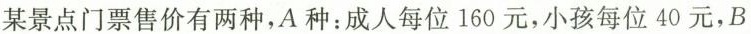
某景点门票售价有两种，A种：成人每位160元，小孩每位40元，B